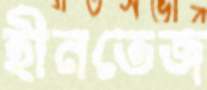
হীনতেজ